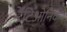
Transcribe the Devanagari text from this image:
रेंटिओनिक